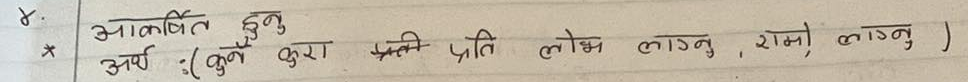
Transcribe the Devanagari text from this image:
४.
आकर्षित हुनु
अर्थ : (कुनै कुरा प्रतीप्रति लोभ लाग्नु, राम्रो लाग्नु )